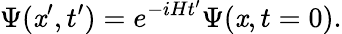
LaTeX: \Psi(\mathit{x}^{\prime},t^{\prime})=e^{-iHt^{\prime}}\Psi(\mathit{x},t=0).